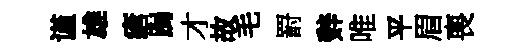
谨雄瘡跼才故毛罸辤唯平眉喪